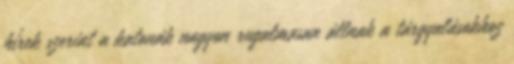
hírek szerint a katonák nagyon rugalmasan állnak a tárgyalásokhoz